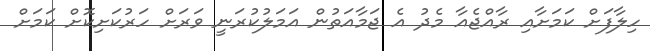
ހިލާފަށް ކަމަށާއި ރާއްޖެއާ މެދު އެ ޖަމާއަތުން އަމަލުކުރަނީ ވަރަށް ހަރުކަށިކޮށް ކަމަށް